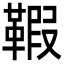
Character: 𩋥